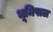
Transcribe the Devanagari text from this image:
भूमिपाल